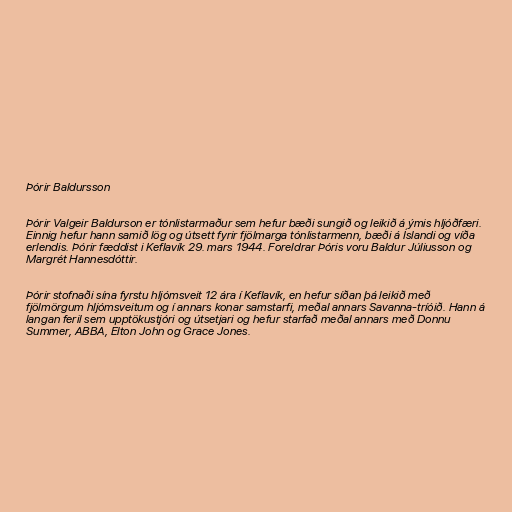
Þórir Baldursson

Þórir Valgeir Baldurson er tónlistarmaður sem hefur bæði sungið og leikið á ýmis hljóðfæri.
Einnig hefur hann samið lög og útsett fyrir fjölmarga tónlistarmenn, bæði á Íslandi og víða
erlendis. Þórir fæddist i Keflavík 29. mars 1944. Foreldrar Þóris voru Baldur Júliusson og
Margrét Hannesdóttir.

Þórir stofnaði sína fyrstu hljómsveit 12 ára í Keflavík, en hefur síðan þá leikið með
fjölmörgum hljómsveitum og í annars konar samstarfi, meðal annars Savanna-tríóið. Hann á
langan feril sem upptökustjóri og útsetjari og hefur starfað meðal annars með Donnu
Summer, ABBA, Elton John og Grace Jones.